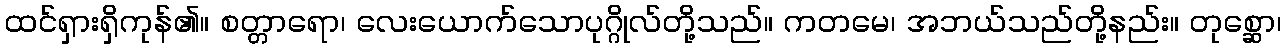
ထင်ရှားရှိကုန်၏။ စတ္တာရော၊ လေးယောက်သောပုဂ္ဂိုလ်တို့သည်။ ကတမေ၊ အဘယ်သည်တို့နည်း။ တုစ္ဆော၊